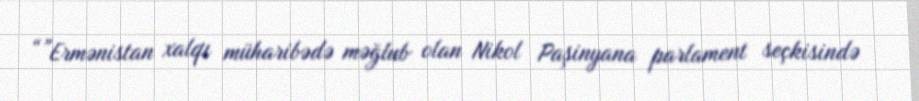
“”Ermənistan xalqı müharibədə məğlub olan Nikol Paşinyana parlament seçkisində